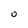
Character: 0